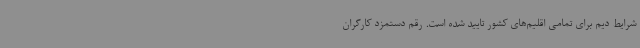
شرایط دیم برای تمامی اقلیم‌های کشور تایید شده است. رقم دستمزد کارگران